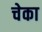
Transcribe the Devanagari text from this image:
चेका